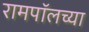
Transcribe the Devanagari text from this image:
रामपॉलच्या